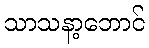
သာသနာ့ဘောင်